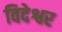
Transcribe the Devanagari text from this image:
विदेश्वर